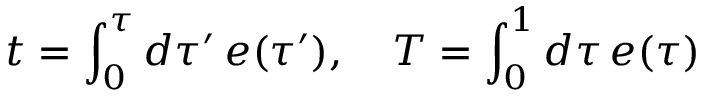
t = \int _ { 0 } ^ { \tau } d \tau ^ { \prime } \, e ( \tau ^ { \prime } ) , \quad T = \int _ { 0 } ^ { 1 } d \tau \, e ( \tau )